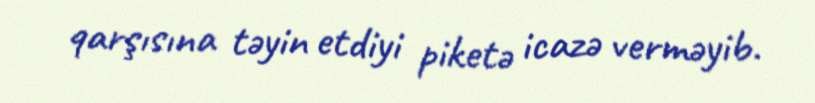
qarşısına təyin etdiyi piketə icazə verməyib.